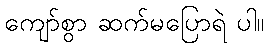
ကျော်စွာ ဆက်မပြောရဲ ပါ။